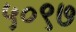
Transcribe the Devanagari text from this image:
५०९७